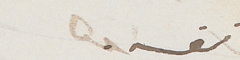
نفسه.